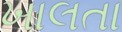
ખાલતા